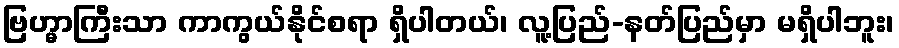
ဗြဟ္မာကြီးသာ ကာကွယ်နိုင်စရာ ရှိပါတယ်၊ လူ့ပြည်-နတ်ပြည်မှာ မရှိပါဘူး၊